Statistics compiled by the Government of India from the reports of provincial Civil Veterinary Departments
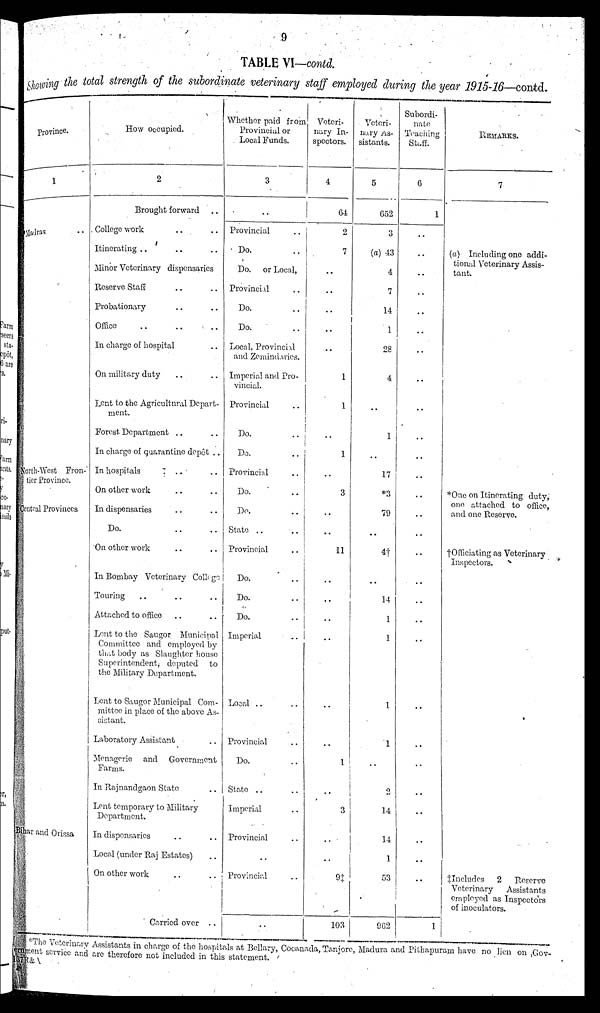
TABLE VI—contd.
Showing the total strength
of the subordinate
veterinary
staff
employed
during
the year
1915-16—contd.
Province.
1
Madras ..
North-West Fron-
tier Province.
Central Provinces
Bihar and Orissa
How occupied.
2
Brought forward
College work .. ..
Itinerating .. .. ..
Minor Veterinary dispensaries
Reserve Staff .. ..
Probationary .. ..
Office .. .. ..
In charge of hospital ..
On military duty .. ..
Lent to the Agricultural Depart-
ment.
Forest Department .. ..
In charge of quarantine depôt ..
In hospitals .. ..
On other work .. ..
In dispensaries .. ..
Do. .. ..
On other work .. ..
In Bombay Veterinary College
Touring .. .. ..
Attached to office .. ..
Lent to the Saugor Municipal
Committee and employed by
that body as Slaughter house
Superintendent, deputed
to
the Military Department.
Lent to Saugor Municipal Com-
mittee in place of the above As-
sistant.
Laboratory Assistant ..
Menagerie and
Government
Farms.
In Rajnandgaon State ..
Lent temporary to Military
Department.
In dispensaries .. ..
Local (under Raj Estates) ..
On other work
Carried over
..
Whether paid from
Provincial or
Local Funds.
3
..
Provincial
Do.
Do.
or Local,
Provincial ..
Do. ..
Do. ..
Local, Provincial
and Zemindaries.
Imperial and pro-
vincial.
Provincial ..
Do. ..
Do. ..
Provincial ..
Do. ..
Do. ..
State .. ..
Provincial ..
Do. ..
Do. ..
Do. ..
Imperial ..
Local .. ..
Provincial ..
Do. ..
State .. ..
Imperial ..
Provincial ..
..
Provincial ..
..
Veteri-
nary In-
spectors.
4
64
2
7
..
..
..
..
..
1
1
..
1
..
3
..
..
11
..
..
..
..
..
..
1
..
3
..
..
9‡
103
Veteri-
nary As-
sistants.
5
652
3
(a) 43
4
7
14
1
28
4
..
1
..
17
*3
79
..
4†
..
14
1
1
1
1
..
2
14
14
1
53
962
Subordi-
nate
Teaching
Staff.
6
1
..
..
..
..
..
..
..
..
..
..
..
..
..
..
..
..
..
..
..
..
..
..
..
..
..
..
..
..
..
1
REMARKS.
7
(a) Including one addi-
tional Veterinary Assis-
tant.
*One on Itinerating duty,
one attached to office,
and one Rreserve.
†Officiating as Veterinary
Inspectors.
‡Includes
2
Reserve
Veterinary
Assistants
employed as Inspectors
of inoculators.
*The Veterinary Assistants in charge of the hospitals at Bellary, Cocanada, Tanjore, Madura and Pithapuram have no lien on Gov-
ment service and are therefore not included in this statement.
R&